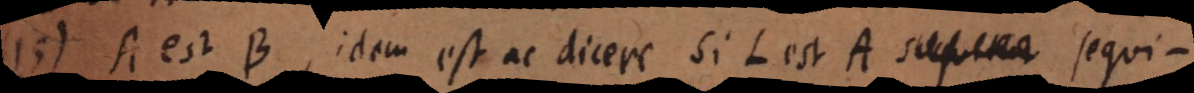
15) A est B, idem est ac dicere si L est A sequi